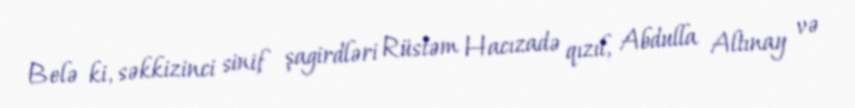
Belə ki, səkkizinci sinif şagirdləri Rüstəm Hacızadə qızıl, Abdulla Altınay və